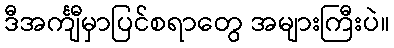
ဒီအင်္ကျီမှာပြင်စရာတွေ အများကြီးပဲ။